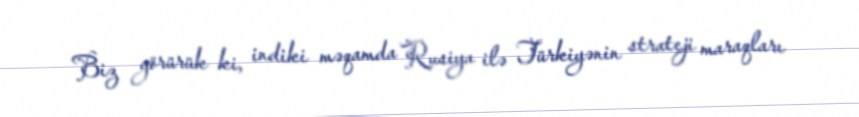
Biz görürük ki, indiki məqamda Rusiya ilə Türkiyənin strateji maraqları